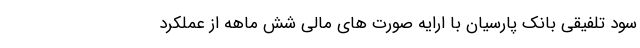
سود تلفیقی بانک پارسیان با ارایه صورت های مالی شش ماهه از عملکرد